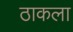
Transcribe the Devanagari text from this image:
ठाकला